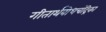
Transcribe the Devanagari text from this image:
गीतार्थबोधचंद्रिका